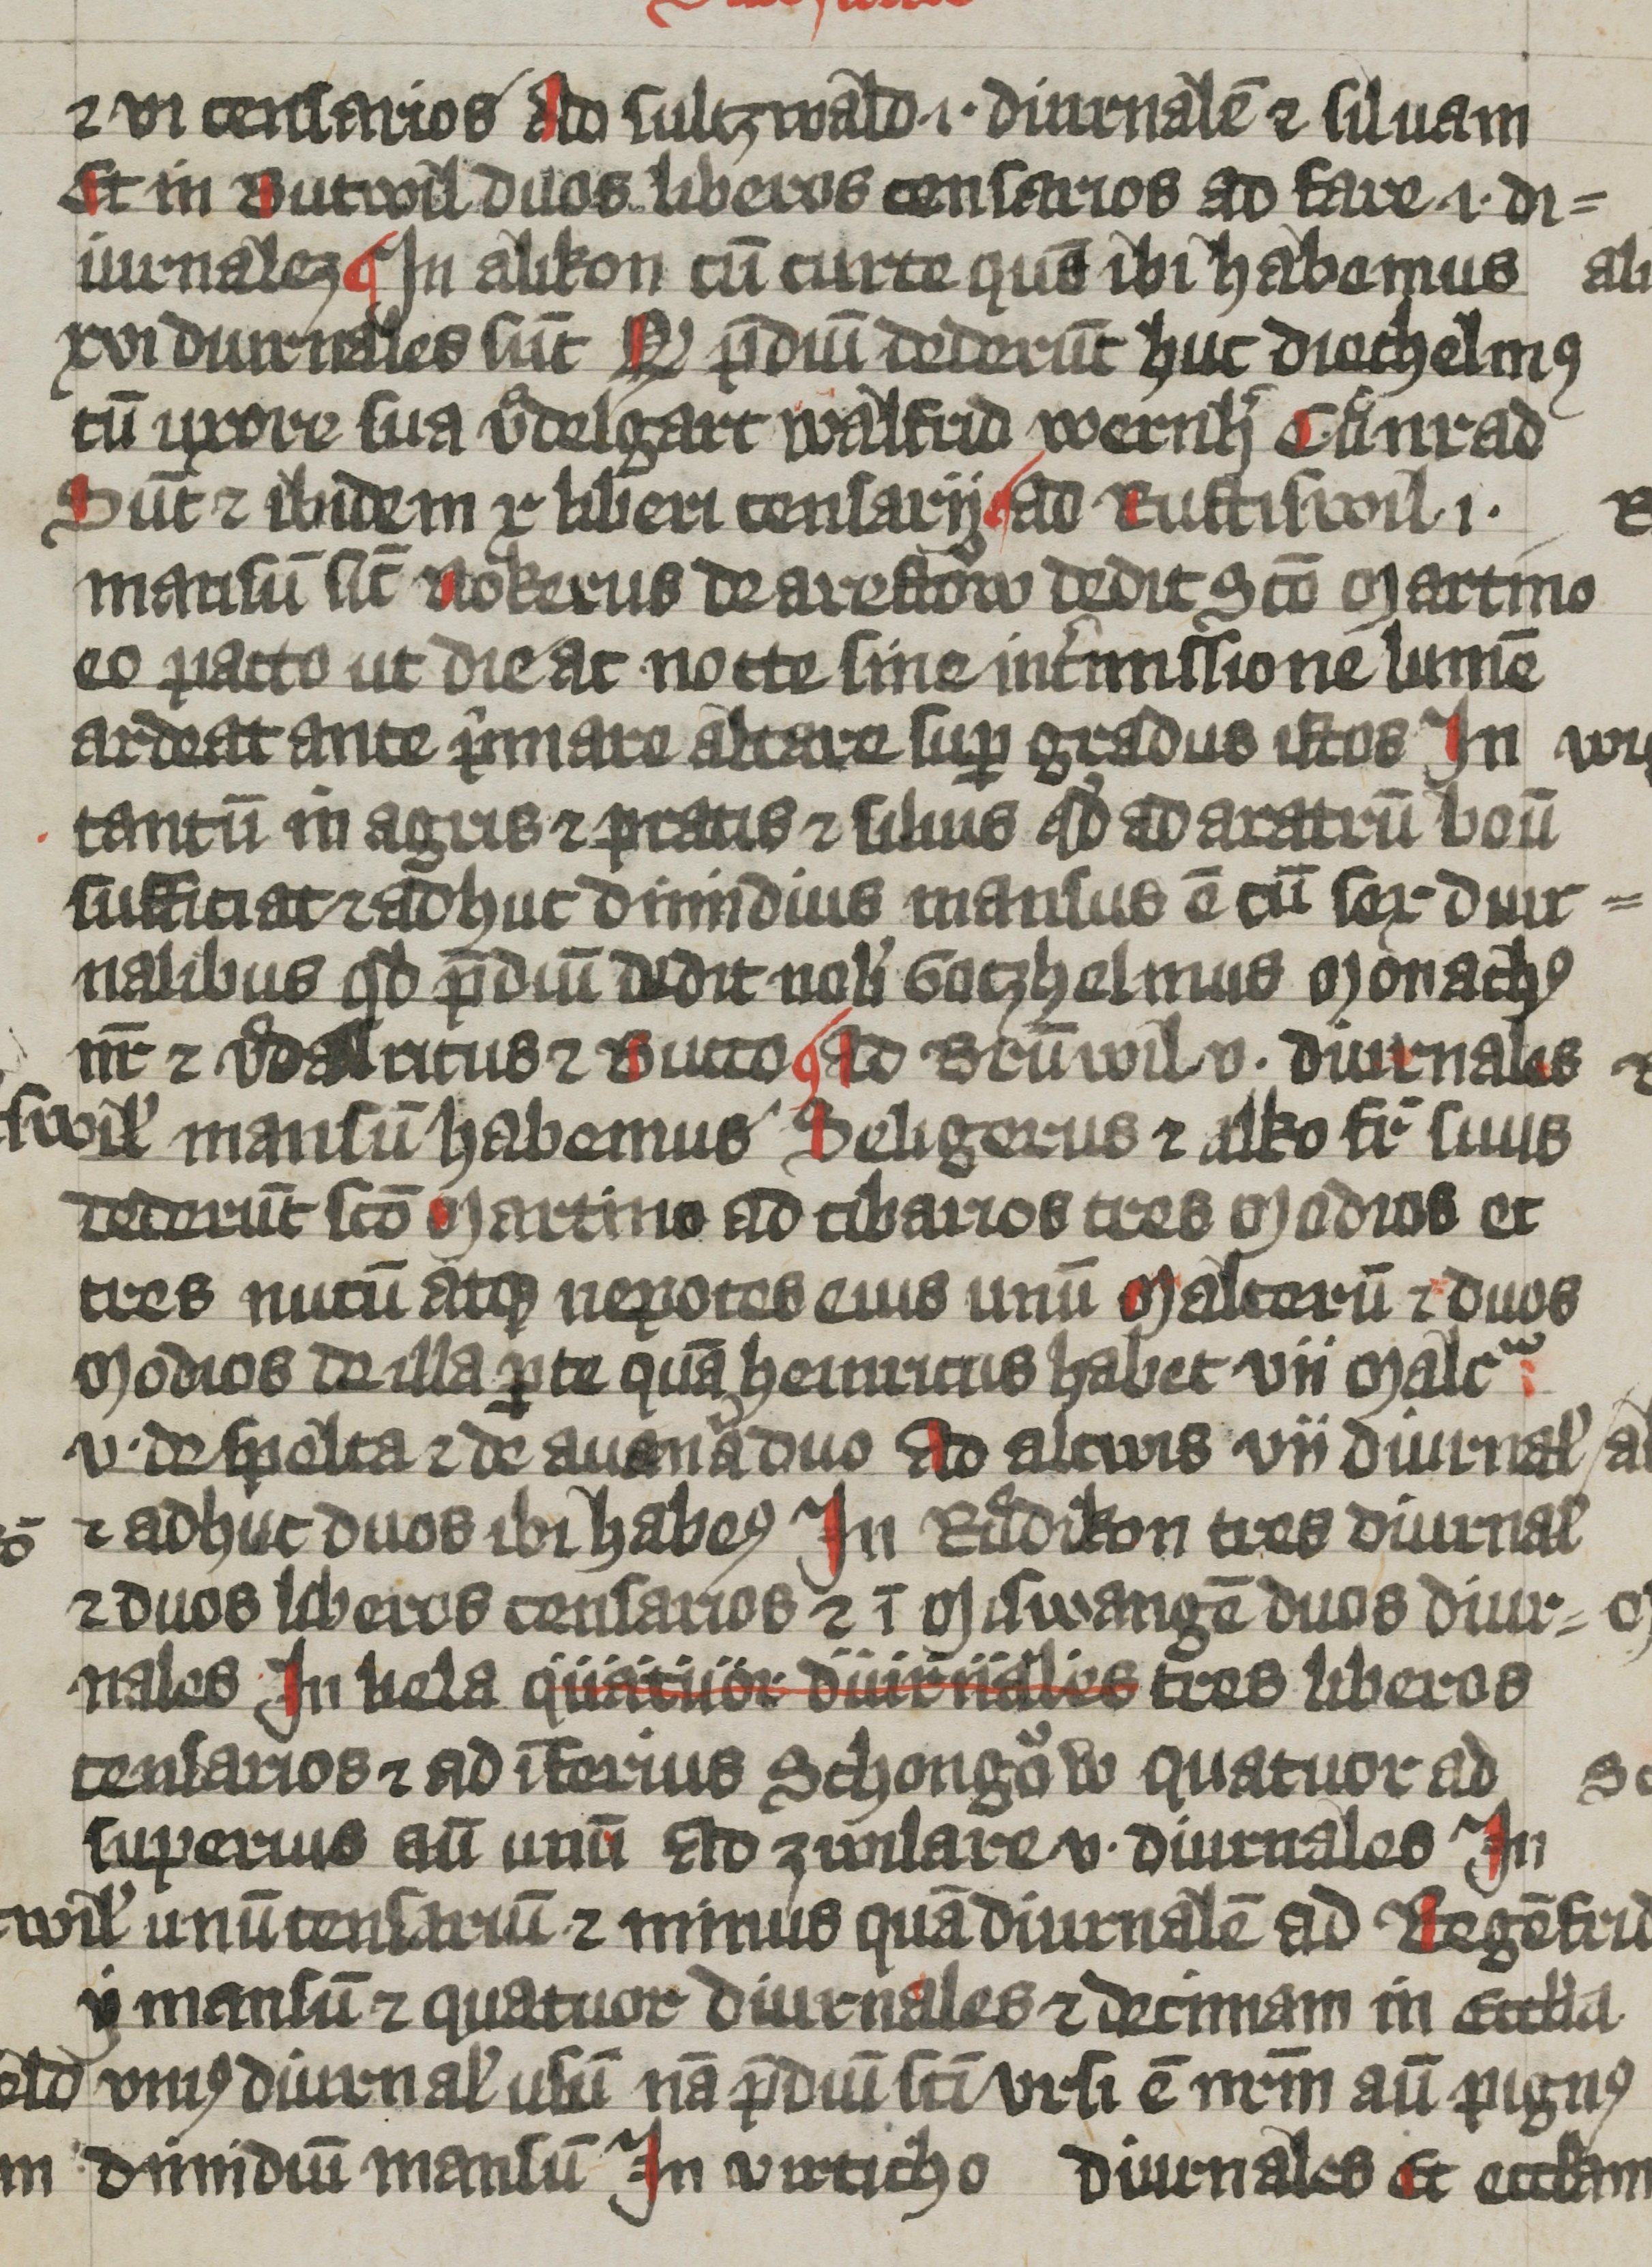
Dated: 1380–1399